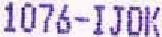
1076-IJOK